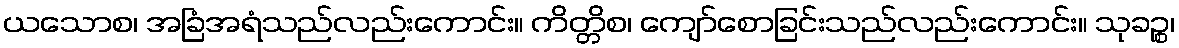
ယသောစ၊ အခြံအရံသည်လည်းကောင်း။ ကိတ္တိစ၊ ကျော်စောခြင်းသည်လည်းကောင်း။ သုခဉ္စ၊